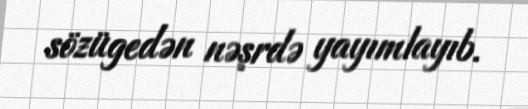
sözügedən nəşrdə yayımlayıb.